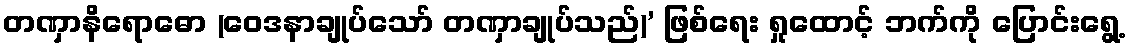
တဏှာနိရောဓော (ဝေဒနာချုပ်သော် တဏှာချုပ်သည်)’ ဖြစ်ရေး ရှုထောင့် ဘက်ကို ပြောင်းရွေ့